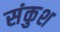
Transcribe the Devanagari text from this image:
संकुश